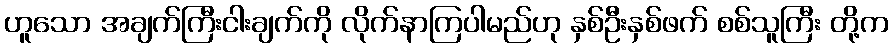
ဟူသော အချက်ကြီးငါးချက်ကို လိုက်နာကြပါမည်ဟု နှစ်ဦးနှစ်ဖက် စစ်သူကြီး တို့က